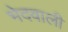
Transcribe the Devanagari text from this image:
भेदवाली